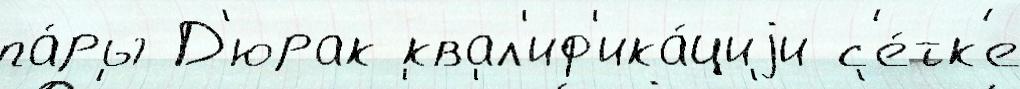
па́ры Д'юрак квал'иф'ика́циjи с'е́тк'е